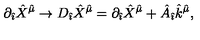
\partial _ { \hat { \imath } } { \hat { X } } ^ { \hat { \mu } } \rightarrow D _ { \hat { \imath } } { \hat { X } } ^ { \hat { \mu } } = \partial _ { \hat { \imath } } { \hat { X } } ^ { \hat { \mu } } + { \hat { A } } _ { \hat { \imath } } { \hat { k } } ^ { \hat { \mu } } ,